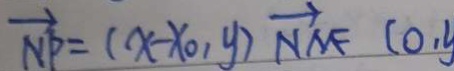
\overrightarrow { N P } = ( x - x _ { 0 } , y ) \overrightarrow { N M F } ( 0 , y